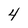
Character: 4